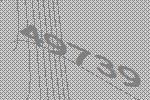
49739